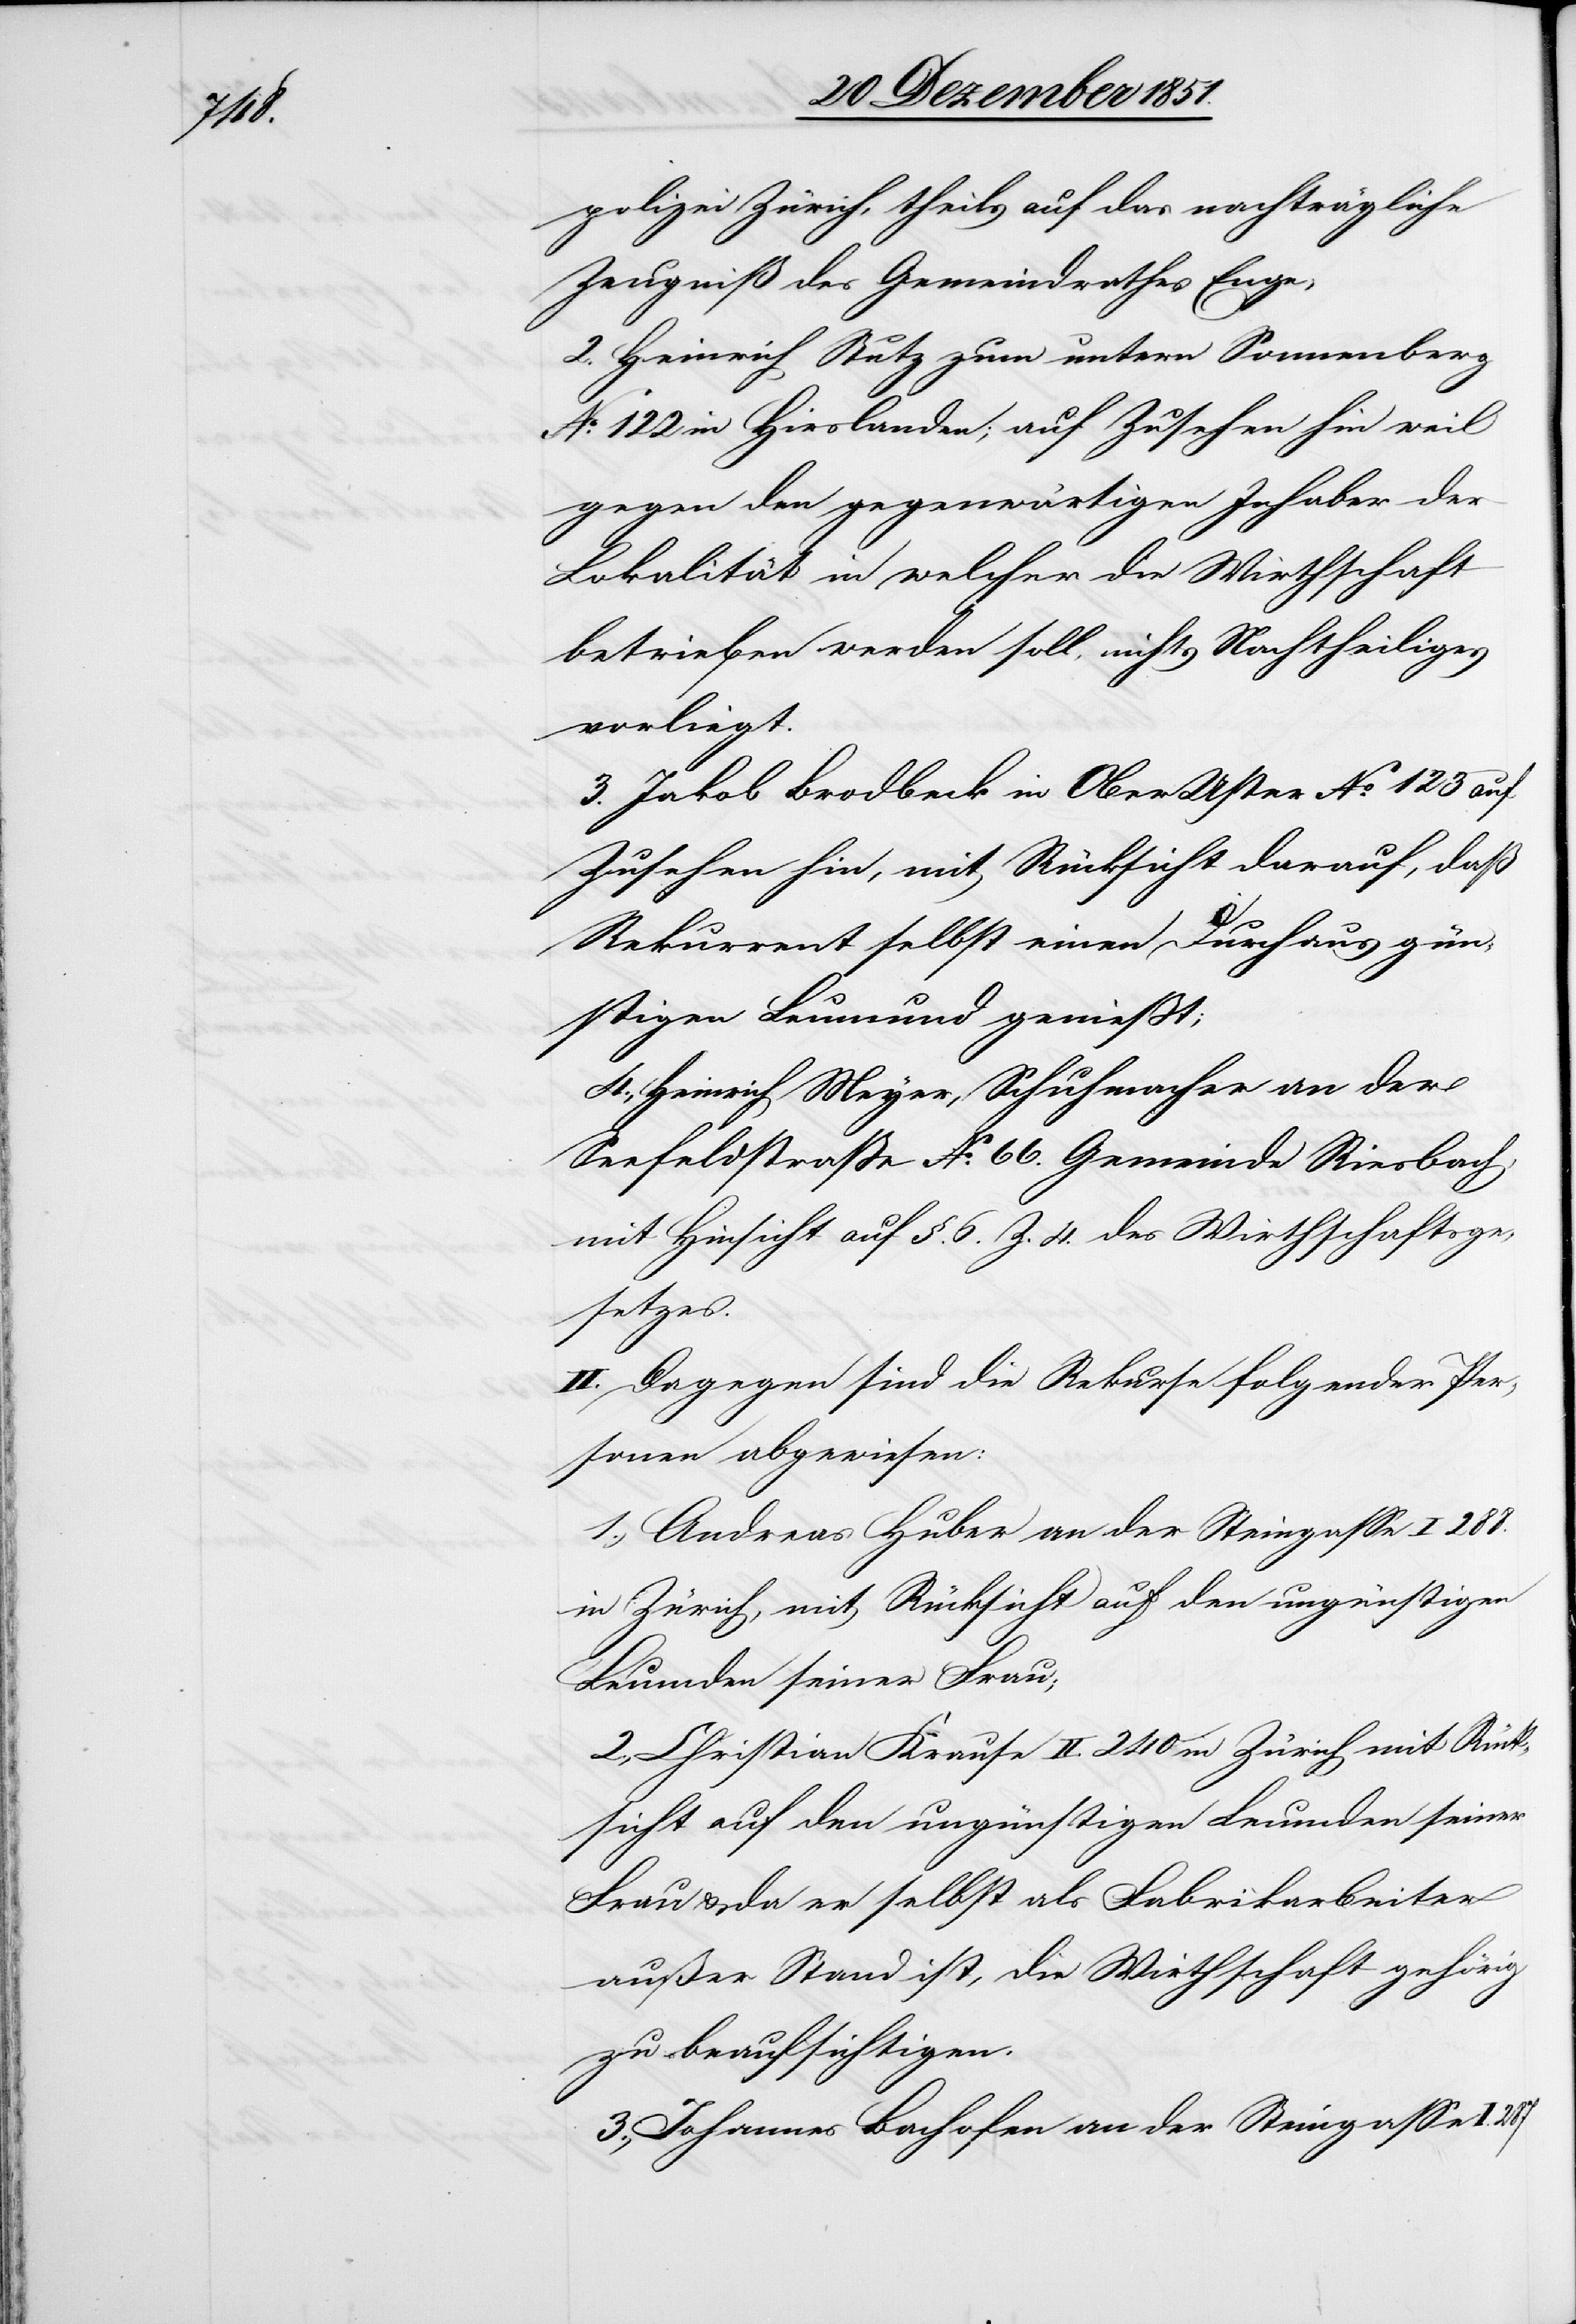
287

polizei Zürich, theils auf das nachträgliche
Zeugniß des Gemeindrathes Enge,
2. Heinrich Stutz zum untern Sonnenberg
No. 122 in Hirslanden; auf Zusehen hin weil
gegen den gegenwärtigen Inhaber der
Lokalität in welcher die Wirthschaft
betrieben werden soll, nichts Nachtheiliges
vorliegt.
3. Jakob Brodbeck in Ober[-]Uster No. 123 auf
Zusehen hin, mit Rücksicht darauf, daß
Rekurrent selbst einen durchaus gün¬
stigen Leumund genießt;
4., Heinrich Meyer, Schuhmacher an der
Seefeldstraße No. 66. Gemeinde Riesbach,
mit Hinsicht auf §. 6. Z. 4. des Wirthschaftsge¬
setzes.
II. Dagegen sind die Rekurse folgender Per¬
sonen abgewiesen:
1., Andreas Huber an der Steingasse I 288.
in Zürich, mit Rücksicht auf den ungünstigen
Leumden seiner Frau;
2., Christian Krause II. 240 in Zürich mit Rück¬
sicht auf den ungünstigen Leumden seiner
Frau & da er selbst als Fabrikarbeiter
außer Stand ist, die Wirthschaft gehörig
zu beaufsichtigen.
3., Johannes Bachofen an der Steingasse I.